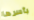
بأسرها